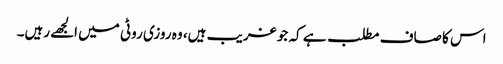
اس کا صاف مطلب ہے کہ جو غریب ہیں، وہ روزی روٹی میں الجھے رہیں۔